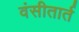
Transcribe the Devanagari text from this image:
वंसीतार्त